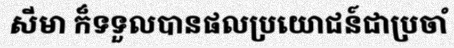
សីមា ក៏ទទួលបានផលប្រយោជន៍ជាប្រចាំ